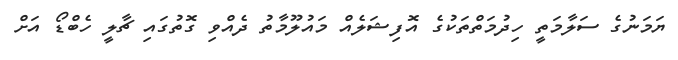
ޔަމަނުގެ ސަލާމަތީ ހިދުމަތްތަކުގެ އޮފިޝަލެއް މައުލޫމާތު ދެއްވި ގޮތުގައި ޗާލީ ހެބްޑޯ އަށް